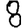
Digit: 8